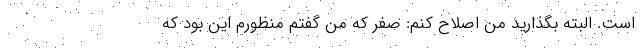
است. البته بگذاريد من اصلاح كنم: صفر كه من گفتم منظورم اين بود كه